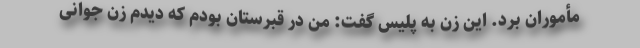
مأموران برد. این زن به پلیس گفت: من در قبرستان بودم که دیدم زن جوانی